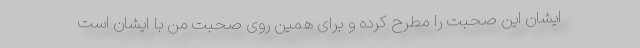
ایشان این صحبت را مطرح کرده و برای همین روی صحبت من با ایشان است